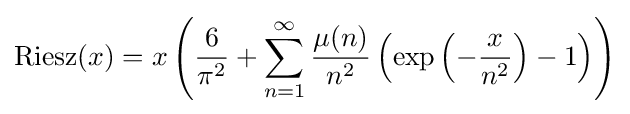
{\rm {Riesz}}(x)=x\left({\frac {6}{\pi ^{2}}}+\sum _{n=1}^{\infty }{\frac {\mu (n)}{n^{2}}}\left(\exp \left(-{\frac {x}{n^{2}}}\right)-1\right)\right)